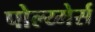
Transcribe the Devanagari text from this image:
पोल्य्मेर्स